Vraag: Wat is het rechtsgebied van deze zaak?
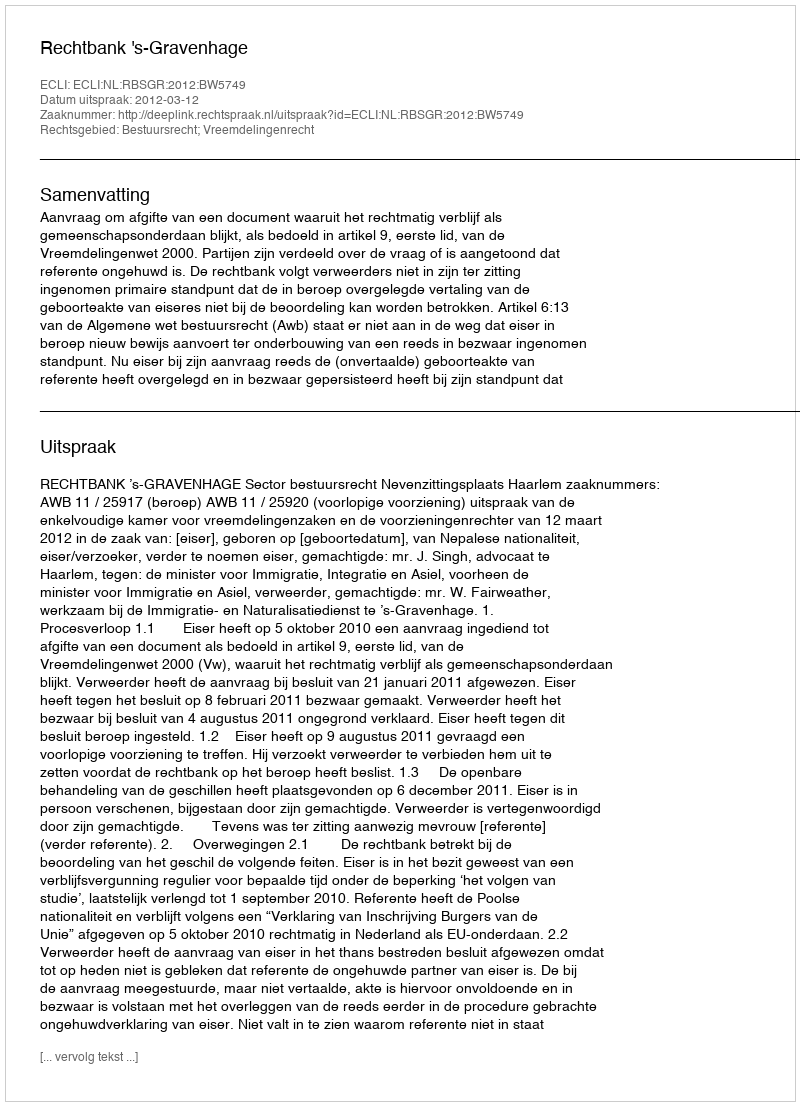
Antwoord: Bestuursrecht; Vreemdelingenrecht